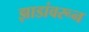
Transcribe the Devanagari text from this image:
झाडांवरून